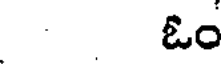
ఓం